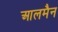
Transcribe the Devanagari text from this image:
आलमैन